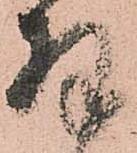
拝